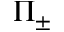
\Pi _ { \pm }